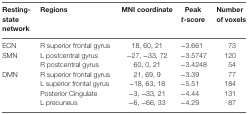
| Resting-state network | Regions | MNI coordinate | Peak t-score | Number of voxels |
 | --- | --- | --- | --- | --- |
 | ECN | R superior frontal gyrus | 18, 60, 21 | −3.661 | 73 |
 | SMN | L postcentral gyrus | −27, −33, 72 | −3.5747 | 120 |
 |  | R postcentral gyrus | 60, 0, 21 | −3.4248 | 54 |
 | DMN | R superior frontal gyrus | 21, 69, 9 | −3.39 | 77 |
 |  | L superior frontal gyrus | −18, 63, 18 | −5.51 | 184 |
 |  | Posterior Cingulate | −3, −33, 21 | −4.44 | 131 |
 |  | L precuneus | −6, −66, 33 | −4.29 | 87 |